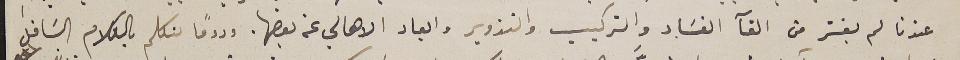
عندنا لم يقسَر من القآ الفسَاد والتركيب والتزوير وابعاد الاهالي عن بعضها. ودومًا ىتكلم بالكلام السَافل